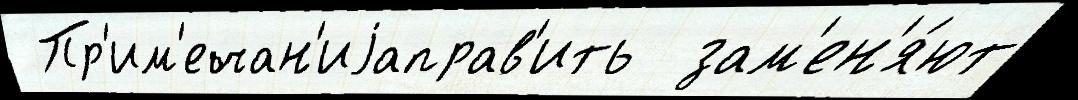
 Пр'им'ечан'иjаправ'ить  зам'ен'я́ют